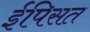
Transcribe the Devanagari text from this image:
ईपिसत